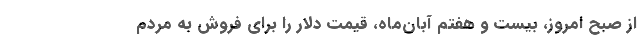
از صبح امروز، بیست و هفتم آبان‌ماه، قیمت دلار را برای فروش به مردم